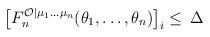
LaTeX: \begin{align*}\left[ F_{n}^{\mathcal{O}|\mu _{1}\ldots \mu _{n}}(\theta _{1},\ldots,\theta _{n})\right] _{i}\leq \,\Delta \end{align*}